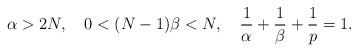
LaTeX: \begin{align*} \alpha>2N,\quad0<(N-1)\beta<N,\quad\frac{1}{\alpha}+\frac{1}{\beta}+\frac{1}{p}=1.\end{align*}